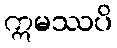
ဣမဿပိ